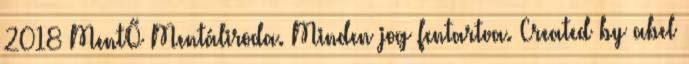
2018 MentŐ Mentáliroda. Minden jog fentartva. Created by abel